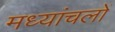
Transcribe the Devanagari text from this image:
मध्यांचलों